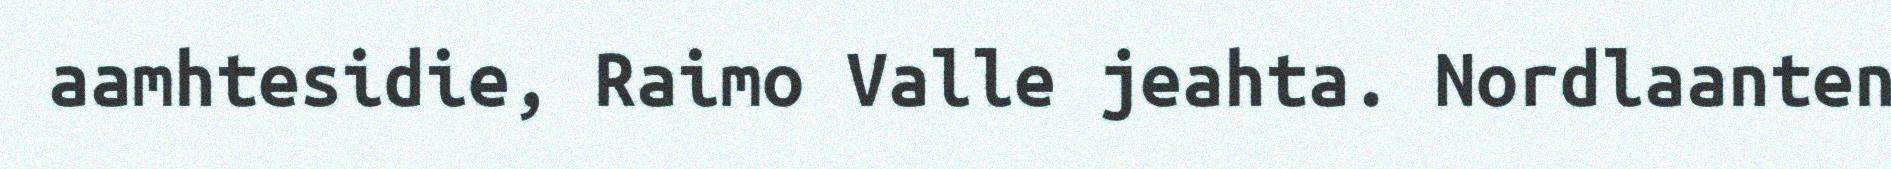
aamhtesidie, Raimo Valle jeahta. Nordlaanten